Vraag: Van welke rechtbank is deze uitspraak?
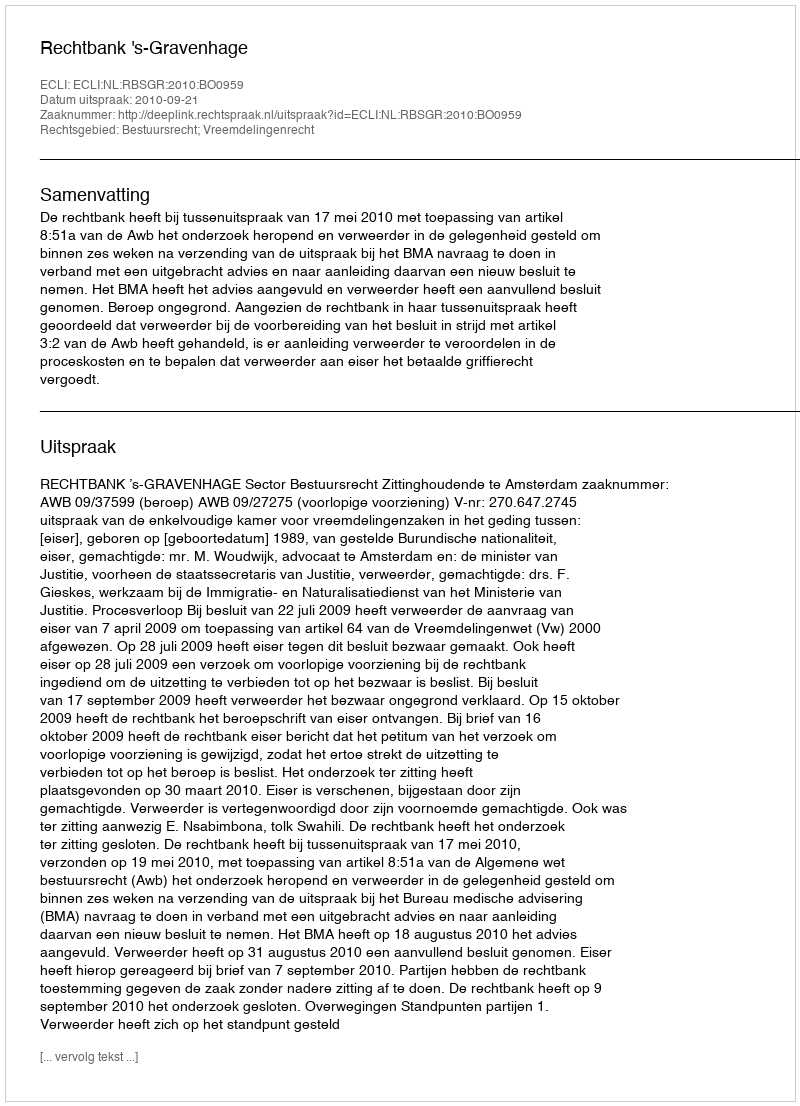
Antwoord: Rechtbank 's-Gravenhage